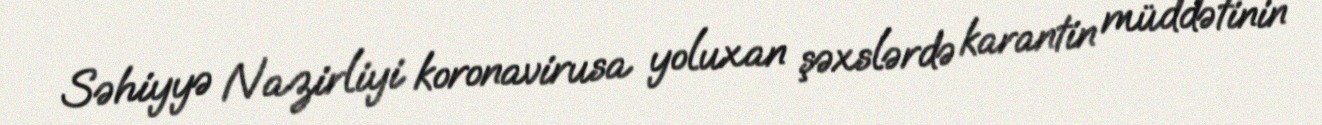
Səhiyyə Nazirliyi koronavirusa yoluxan şəxslərdə karantin müddətinin